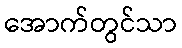
အောက်တွင်သာ